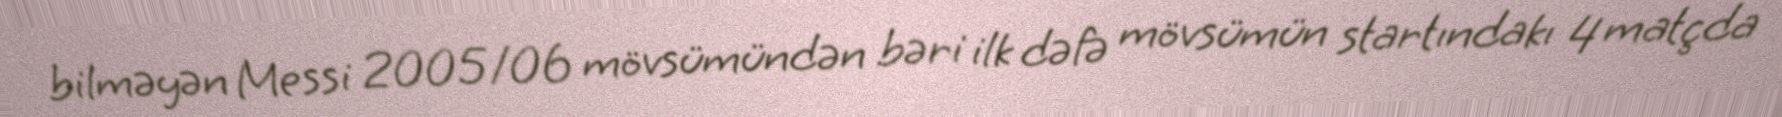
bilməyən Messi 2005/06 mövsümündən bəri ilk dəfə mövsümün startındakı 4 matçda